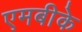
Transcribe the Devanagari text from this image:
एमबीके